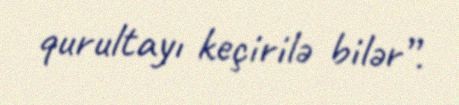
qurultayı keçirilə bilər”.